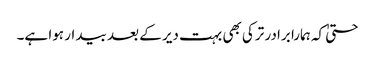
حتیٰ کہ ہمارا برادر ترکی بھی بہت دیر کے بعد بیدار ہوا ہے۔